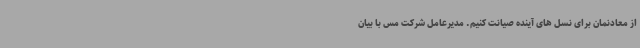
از معادنمان برای نسل های آینده صیانت کنیم. مدیرعامل شرکت مس با بیان